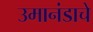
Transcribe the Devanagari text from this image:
उमानंडाचे